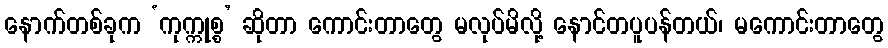
နောက်တစ်ခုက ‘ကုက္ကုစ္စ’ ဆိုတာ ကောင်းတာတွေ မလုပ်မိလို့ နောင်တပူပန်တယ်၊ မကောင်းတာတွေ